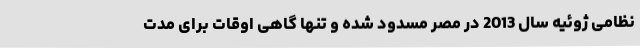
نظامی ژوئیه سال 2013 در مصر مسدود شده و تنها گاهی اوقات برای مدت